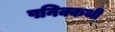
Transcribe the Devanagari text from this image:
पनिक्कथी